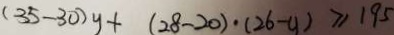
( 3 5 - 3 0 ) y + ( 2 8 - 2 0 ) \cdot ( 2 6 - 9 ) \geq 1 9 5